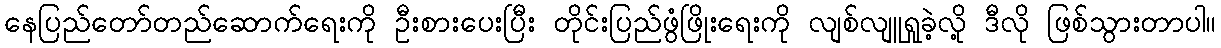
နေပြည်တော်တည်ဆောက်ရေးကို ဦးစားပေးပြီး တိုင်းပြည်ဖွံဖြိုးရေးကို လျစ်လျူရှုခဲ့လို့ ဒီလို ဖြစ်သွားတာပါ။